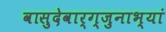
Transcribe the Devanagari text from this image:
वासुदेवार्ग्जुनाभ्यां